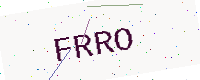
Text: FRRO